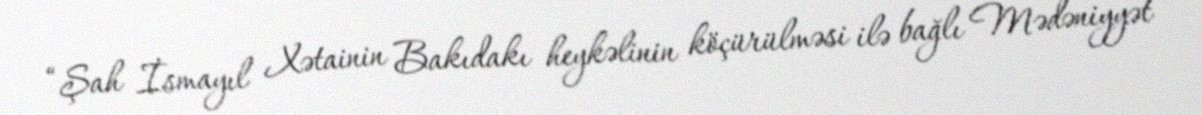
“Şah İsmayıl Xətainin Bakıdakı heykəlinin köçürülməsi ilə bağlı Mədəniyyət